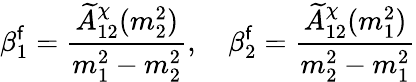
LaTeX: \beta_{1}^{\mathsf{f}}={\frac{{\widetilde{A}_{12}^{\chi}(m_{2}^{2})}}{{m_{1}^{2}-m_{2}^{2}}}},\quad\beta_{2}^{\mathsf{f}}={\frac{{\widetilde{A}_{12}^{\chi}(m_{1}^{2})}}{{m_{2}^{2}-m_{1}^{2}}}}